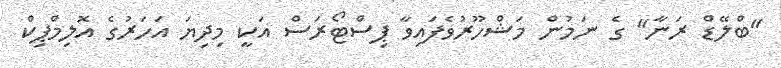
"ބްލޭޑް ރަނާ" ގެ ނަމުން މަޝްހޫރުވެފައިވާ ޕިސްޓޯރަސް އަކީ މިދިޔަ އަހަރުގެ އޮލިމްޕިކް